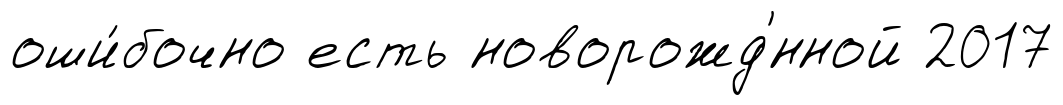
оши́бочно есть новорожд'́нной 2017